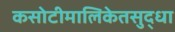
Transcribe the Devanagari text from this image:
कसोटीमालिकेतसुद्धा